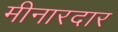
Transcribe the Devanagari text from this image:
मीनारदार